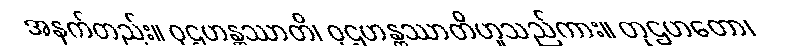
အနက်တည်း။ ဝုဌဟန္တဿာတိ၊ ဝုဌဟန္တဿာတိဟူသည်ကား။ တုဌဟတော၊